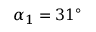
\alpha _ { 1 } = 3 1 ^ { \circ }